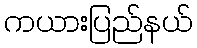
ကယားပြည်နယ်